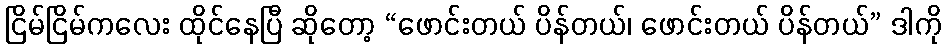
ငြိမ်ငြိမ်ကလေး ထိုင်နေပြီ ဆိုတော့ “ဖောင်းတယ် ပိန်တယ်၊ ဖောင်းတယ် ပိန်တယ်” ဒါကို